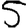
Digit: 5